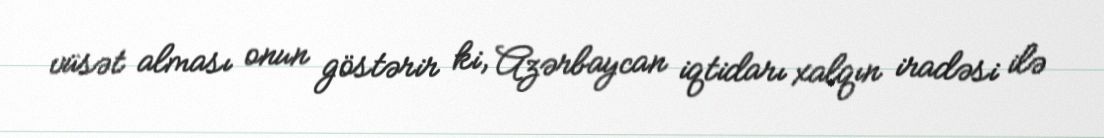
vüsət alması onun göstərir ki, Azərbaycan iqtidarı xalqın iradəsi ilə